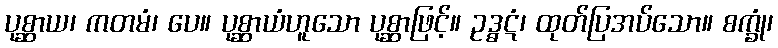
ပုစ္ဆာယ၊ ကတမံ၊ ပေ။ ပုစ္ဆာယံဟူသော ပုစ္ဆာဖြင့်။ ဥဒ္ဓဋံ၊ ထုတ်ပြအပ်သော။ စက္ခုံ၊